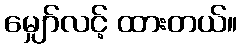
မျှော်လင့် ထားတယ်။